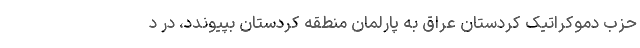
حزب دموکراتیک کردستان عراق به پارلمان منطقه کردستان بپیوندد، در د